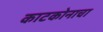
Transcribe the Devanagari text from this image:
काटकोनाचा